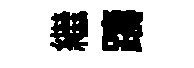
繼躊